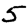
Digit: 5